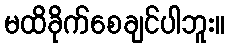
မထိခိုက်စေချင်ပါဘူး။